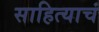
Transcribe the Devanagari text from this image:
साहित्याचं